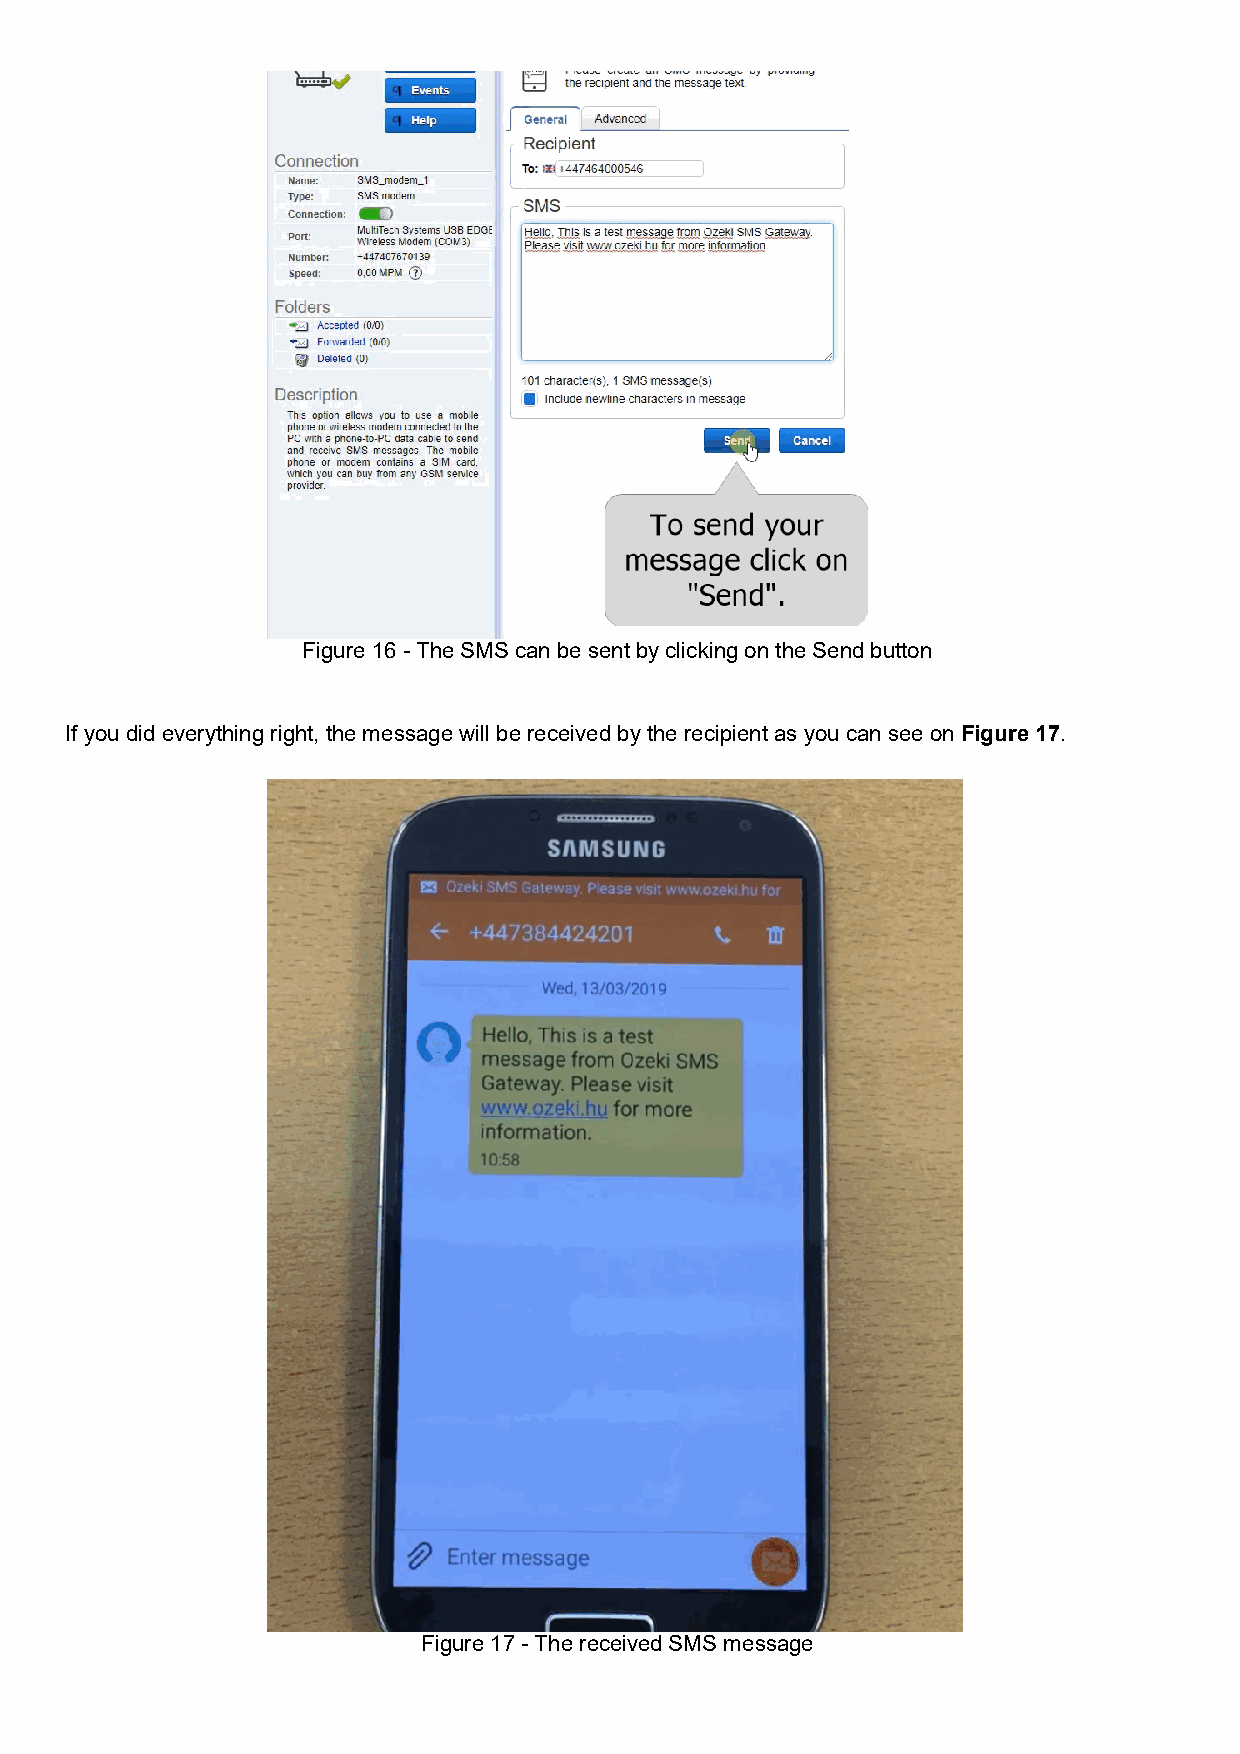
Figure 16 - The SMS can be sent by clicking on the Send button
 If you did everything right, the message will be received by the recipient as you can see on Figure 17.
 Figure 17 - The received SMS message